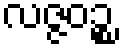
လဇ္ဇဝဉ္စ